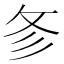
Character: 㣊